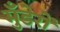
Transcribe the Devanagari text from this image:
मुँडेरों